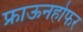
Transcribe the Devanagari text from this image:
फ्राऊनहोफर